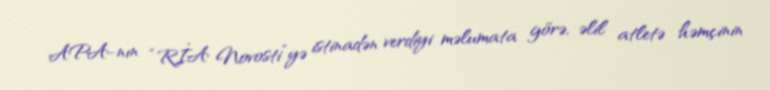
APA-nın “RİA Novosti”yə istinadən verdiyi məlumata görə, əlil atletə həmçinin